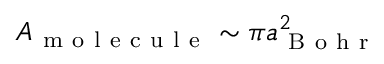
A _ { \mathrm { ~ m ~ o ~ l ~ e ~ c ~ u ~ l ~ e ~ } } \sim \pi a _ { \mathrm { ~ B ~ o ~ h ~ r ~ } } ^ { 2 }